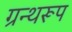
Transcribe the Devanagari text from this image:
ग्रन्थरूप